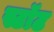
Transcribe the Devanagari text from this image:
स्टॉट